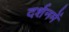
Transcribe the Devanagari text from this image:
दर्शनमें